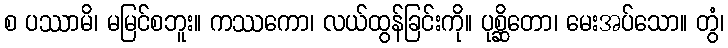
စ ပဿာမိ၊ မမြင်စဘူး။ ကဿကော၊ လယ်ထွန်ခြင်းကို။ ပုစ္ဆိတော၊ မေးအပ်သော။ တွံ၊